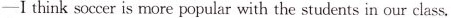
—I think soccer is more popular with the students in our class.